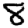
Digit: 8